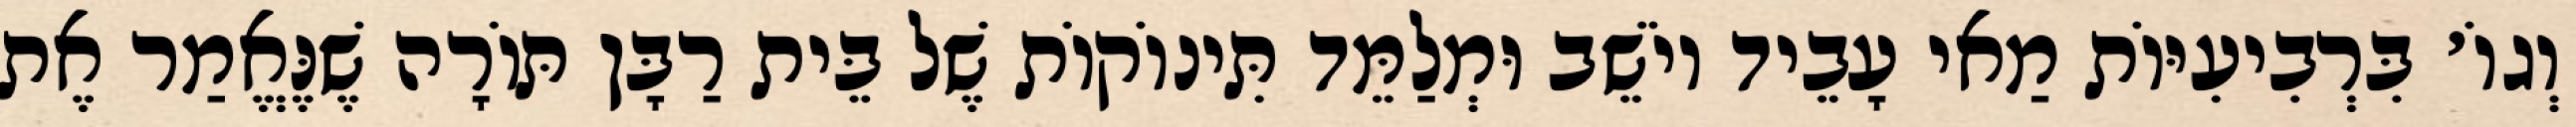
וְגוֹ׳ בִּרְבִיעִיּוֹת מַאי עָבֵיד יוֹשֵׁב וּמְלַמֵּד תִּינוֹקוֹת שֶׁל בֵּית רַבָּן תּוֹרָה שֶׁנֶּאֱמַר אֶת